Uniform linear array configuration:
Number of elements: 48
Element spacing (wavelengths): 0.25
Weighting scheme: hann
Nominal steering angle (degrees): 0
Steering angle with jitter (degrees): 1.197
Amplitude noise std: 0.05
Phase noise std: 0.05

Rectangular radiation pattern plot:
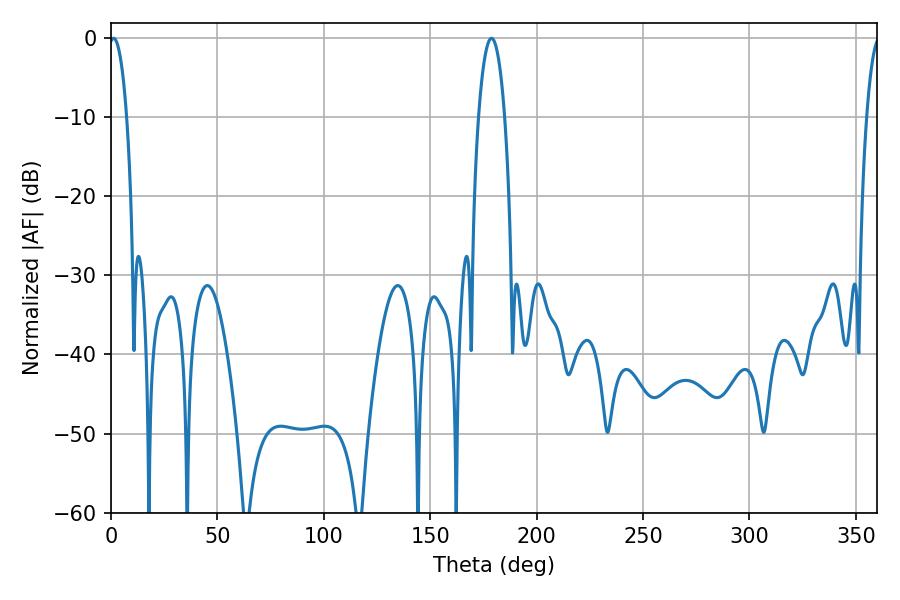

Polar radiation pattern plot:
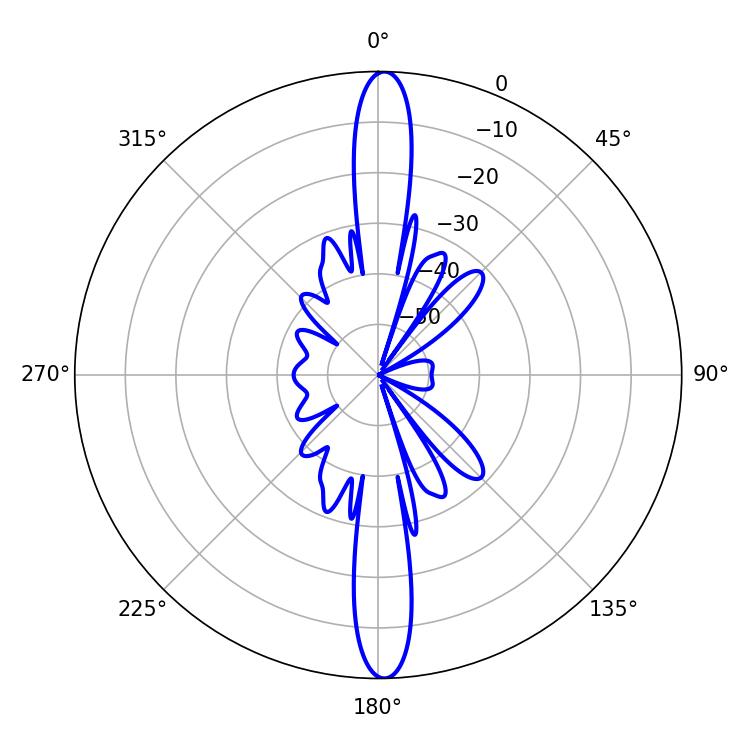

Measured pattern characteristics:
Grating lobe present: FALSE
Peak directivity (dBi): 25.641
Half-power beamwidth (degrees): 4.68
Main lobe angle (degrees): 1.26